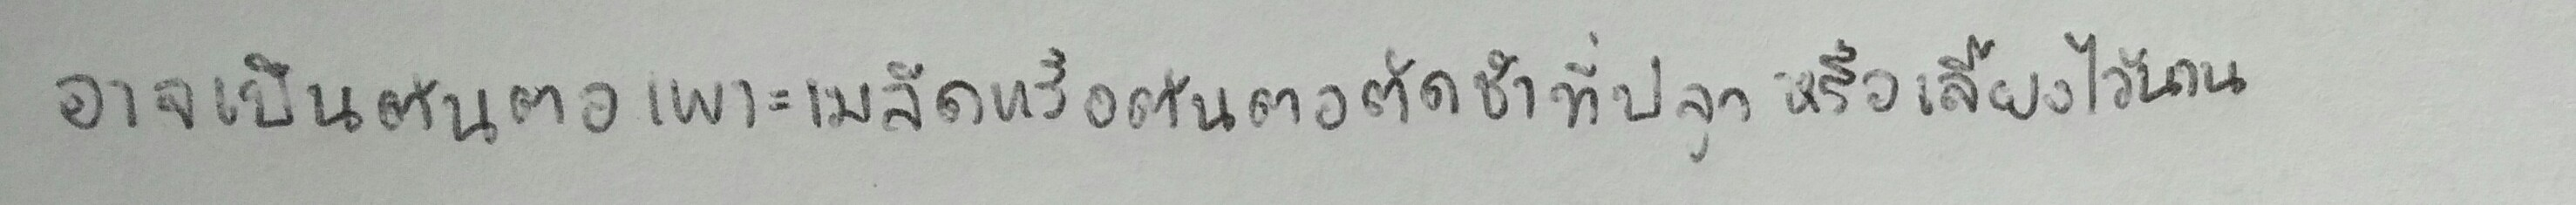
อาจเป็นต้นตอเพาะเมล็ดหรือต้นตอตัดชำที่ปลูกหรือเลี้ยงไว้นาน